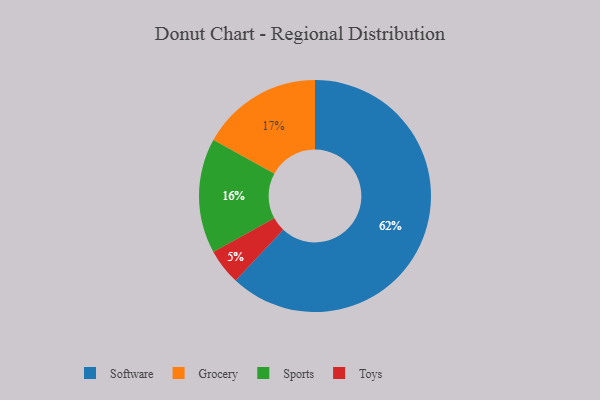
{"axis": {"x": "Category", "y": "Percentage"}, "legend": ["Grocery", "Software", "Sports", "Toys"], "data": [{"x": "Sports", "y": 16, "type": "Sports"}, {"x": "Toys", "y": 5, "type": "Toys"}, {"x": "Software", "y": 62, "type": "Software"}, {"x": "Grocery", "y": 17, "type": "Grocery"}]}